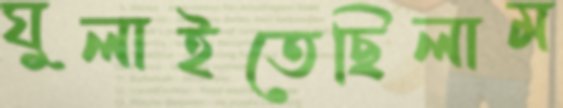
ঘুলাইতেছিলাম